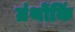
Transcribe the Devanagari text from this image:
ग्रंथोंकिं